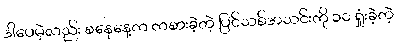
ဒါပေမဲ့လည်း စနေနေ့က ကစားခဲ့တဲ့ ပြင်သစ်အသင်းကို ၁၀ ရှုံးခဲ့တဲ့